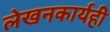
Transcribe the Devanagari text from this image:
लेखनकार्यही